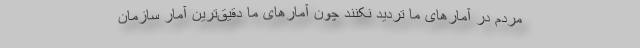
مردم در آمارهای ما تردید نکنند چون آمارهای ما دقیق‌ترین آمار سازمان